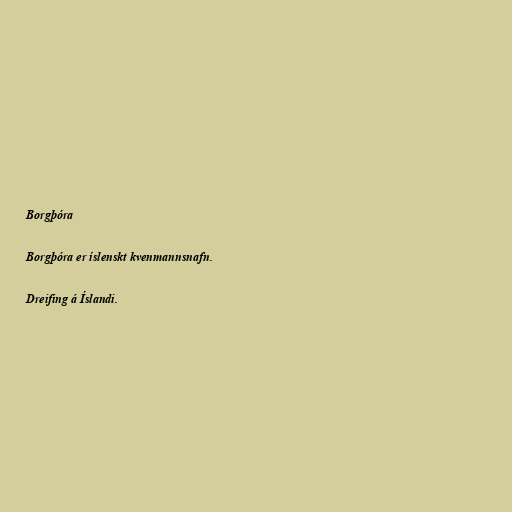
Borgþóra

Borgþóra er íslenskt kvenmannsnafn.

Dreifing á Íslandi.